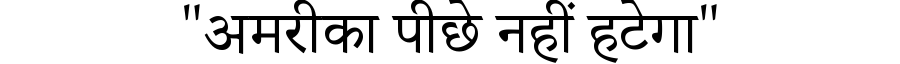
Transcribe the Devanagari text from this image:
"अमरीका पीछे नहीं हटेगा"